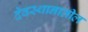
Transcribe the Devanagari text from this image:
देवस्थानातील